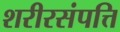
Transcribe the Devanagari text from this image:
शरीरसंपत्ति